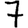
Digit: 7